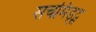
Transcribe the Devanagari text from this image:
सचमिड्ट्स